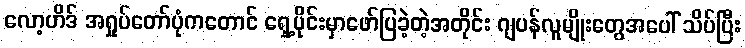
လော့ဟိဒ် အရှုပ်တော်ပုံကတောင် ရှေ့ပိုင်းမှာဖော်ပြခဲ့တဲ့အတိုင်း ဂျပန်လူမျိုးတွေအပေါ် သိပ်ပြီး